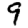
Digit: 9